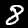
Digit: 8